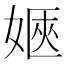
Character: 𡞡